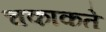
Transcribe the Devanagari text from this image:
चकाकते